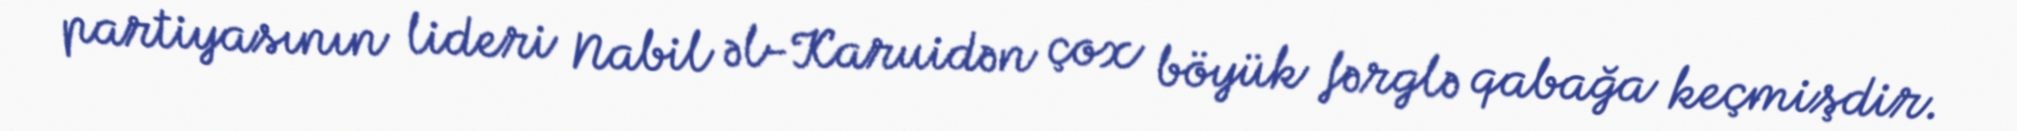
partiyasının lideri Nabil əl-Karuidən çox böyük fərglə qabağa keçmişdir.